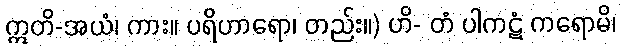
ဣတိ-အယံ၊ ကား။ ပရိဟာရော၊ တည်း။) ဟိ- တံ ပါကဋံ ကရောမိ၊